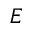
E